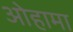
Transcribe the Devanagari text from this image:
ओहामा